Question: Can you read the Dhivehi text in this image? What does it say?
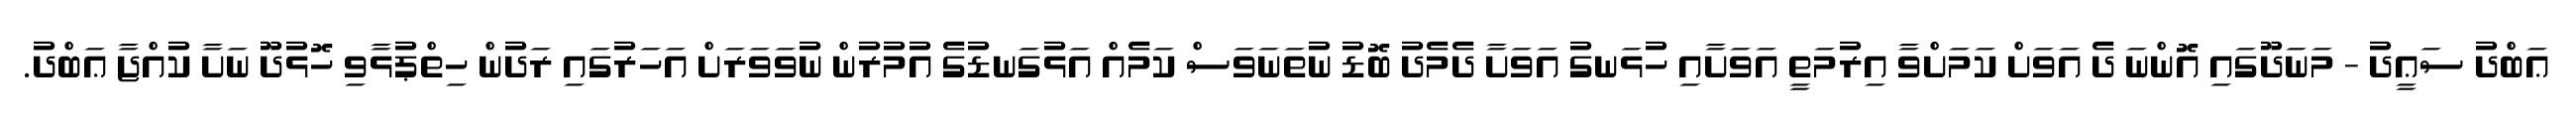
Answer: ޢަބްދު ސަޢީދު - މަނަދޫގައި އޮންނަ ދެ އަވަށް ކަމަށްވާ އިރުމަތީ އަވަށާއި ހުޅަނގު އަވަށާ ދެމެދު ބޮޑު ނުތަނަވަސް ކަމެއް އަޅުގަނޑުގެ އުމުރުން ނުވަވަރަށް އަހަރުގައި ރަދުން ހިތްޕުޅާވި ހޮޅުދޫ ނަށާ ކުއްޖާ ޢަބްދު.